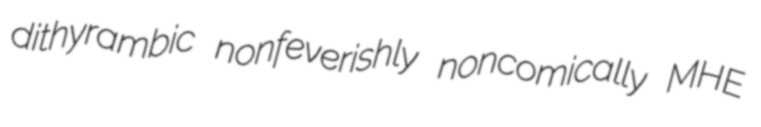
dithyrambic nonfeverishly noncomically MHE